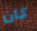
كان